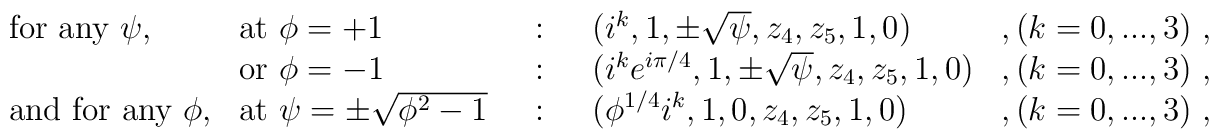
\begin{array}{lllll}\mbox{for any $\psi$,}&  \mbox{at }\phi=+1 &~:~ & (i^k,1,\pm\sqrt{\psi},z_4,z_5,1,0)& ,(k=0,...,3)~,\\& \mbox{or }\phi=-1 &~:~ & (i^k e^{i\pi/4},1,\pm \sqrt{\psi},z_4,z_5,1,0)&,(k=0,...,3)~,\\\mbox{and for any $\phi$,}& \mbox{at }\psi=\pm \sqrt{\phi^2-1} &~:~ &(\phi^{1/4}i^k,1,0,z_4,z_5,1,0)& ,(k=0,...,3)~,\end{array}